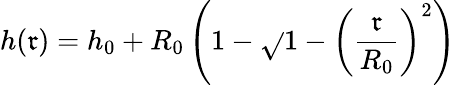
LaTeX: h(\mathfrak{r})=h_{0}+R_{0}\left(1-\sqrt{}{{1-\left(\frac{{\mathfrak{r}}}{{R_{0}}}\right)^{2}}}\right)